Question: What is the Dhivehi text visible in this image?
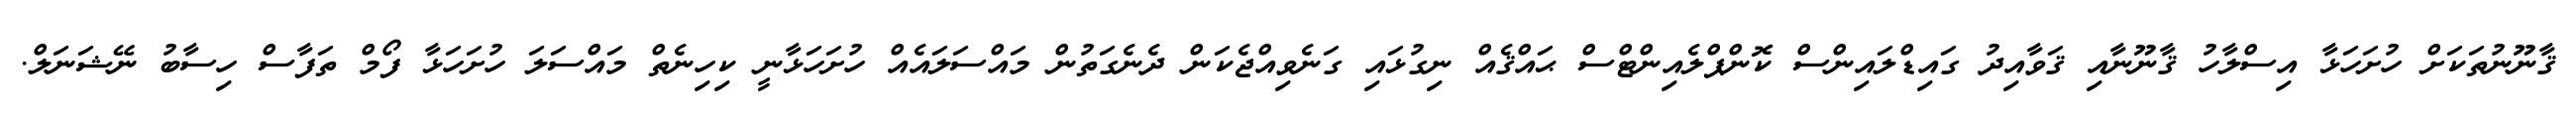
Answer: ޤާނޫނުތަކަށް ހުށަހަޅާ އިސްލާހު ޤާނޫނާއި ޤަވާއިދު ގައިޑްލައިންސް ކޮންޕްލެއިންޓްސް ޙައްޤެއް ނިގުޅައި ގަނެވިއްޖެކަން ދެނެގަތުން މައްސަލައެއް ހުށަހަޅާނީ ކިހިނެތް މައްސަލަ ހުށަހަޅާ ފޯމް ތަފާސް ހިސާބު ނޭޝަނަލް.